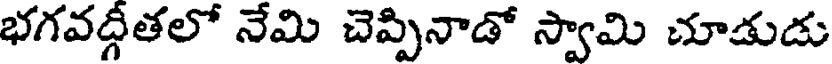
భగవద్గీతలో నేమి చెప్పినాడో స్వామి చూడుడు